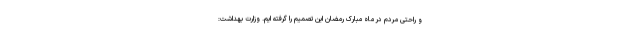
و راحتی مردم در ماه مبارک رمضان این تصمیم را گرفته ایم. وزارت بهداشت: